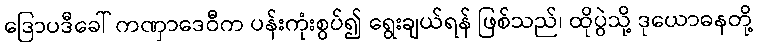
ဒြောပဒီခေါ် ကဏှာဒေဝီက ပန်းကုံးစွပ်၍ ရွေးချယ်ရန် ဖြစ်သည်၊ ထိုပွဲသို့ ဒုယောဓနတို့